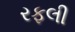
રફલી